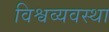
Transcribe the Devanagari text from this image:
विश्वव्यवस्था